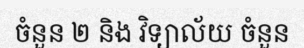
ចំនួន ២ និង វិទ្យាល័យ ចំនួន